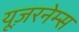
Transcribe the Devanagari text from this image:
यूज़रनेम्स